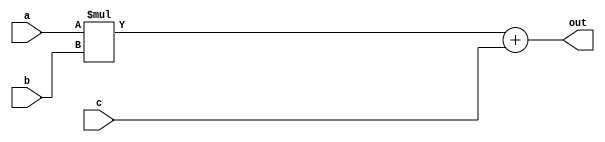
//-------------------------------------------------------
//  Functionality: A 2-bit multiply-acculumate circuit
//-------------------------------------------------------

module mac_2(a, b, c, out);
parameter DATA_WIDTH = 2;  /* declare a parameter. default required */
input [DATA_WIDTH - 1 : 0] a, b, c;
output [DATA_WIDTH - 1 : 0] out;

assign out = a * b + c;

endmodule